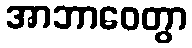
အာဘာဝေတွာ